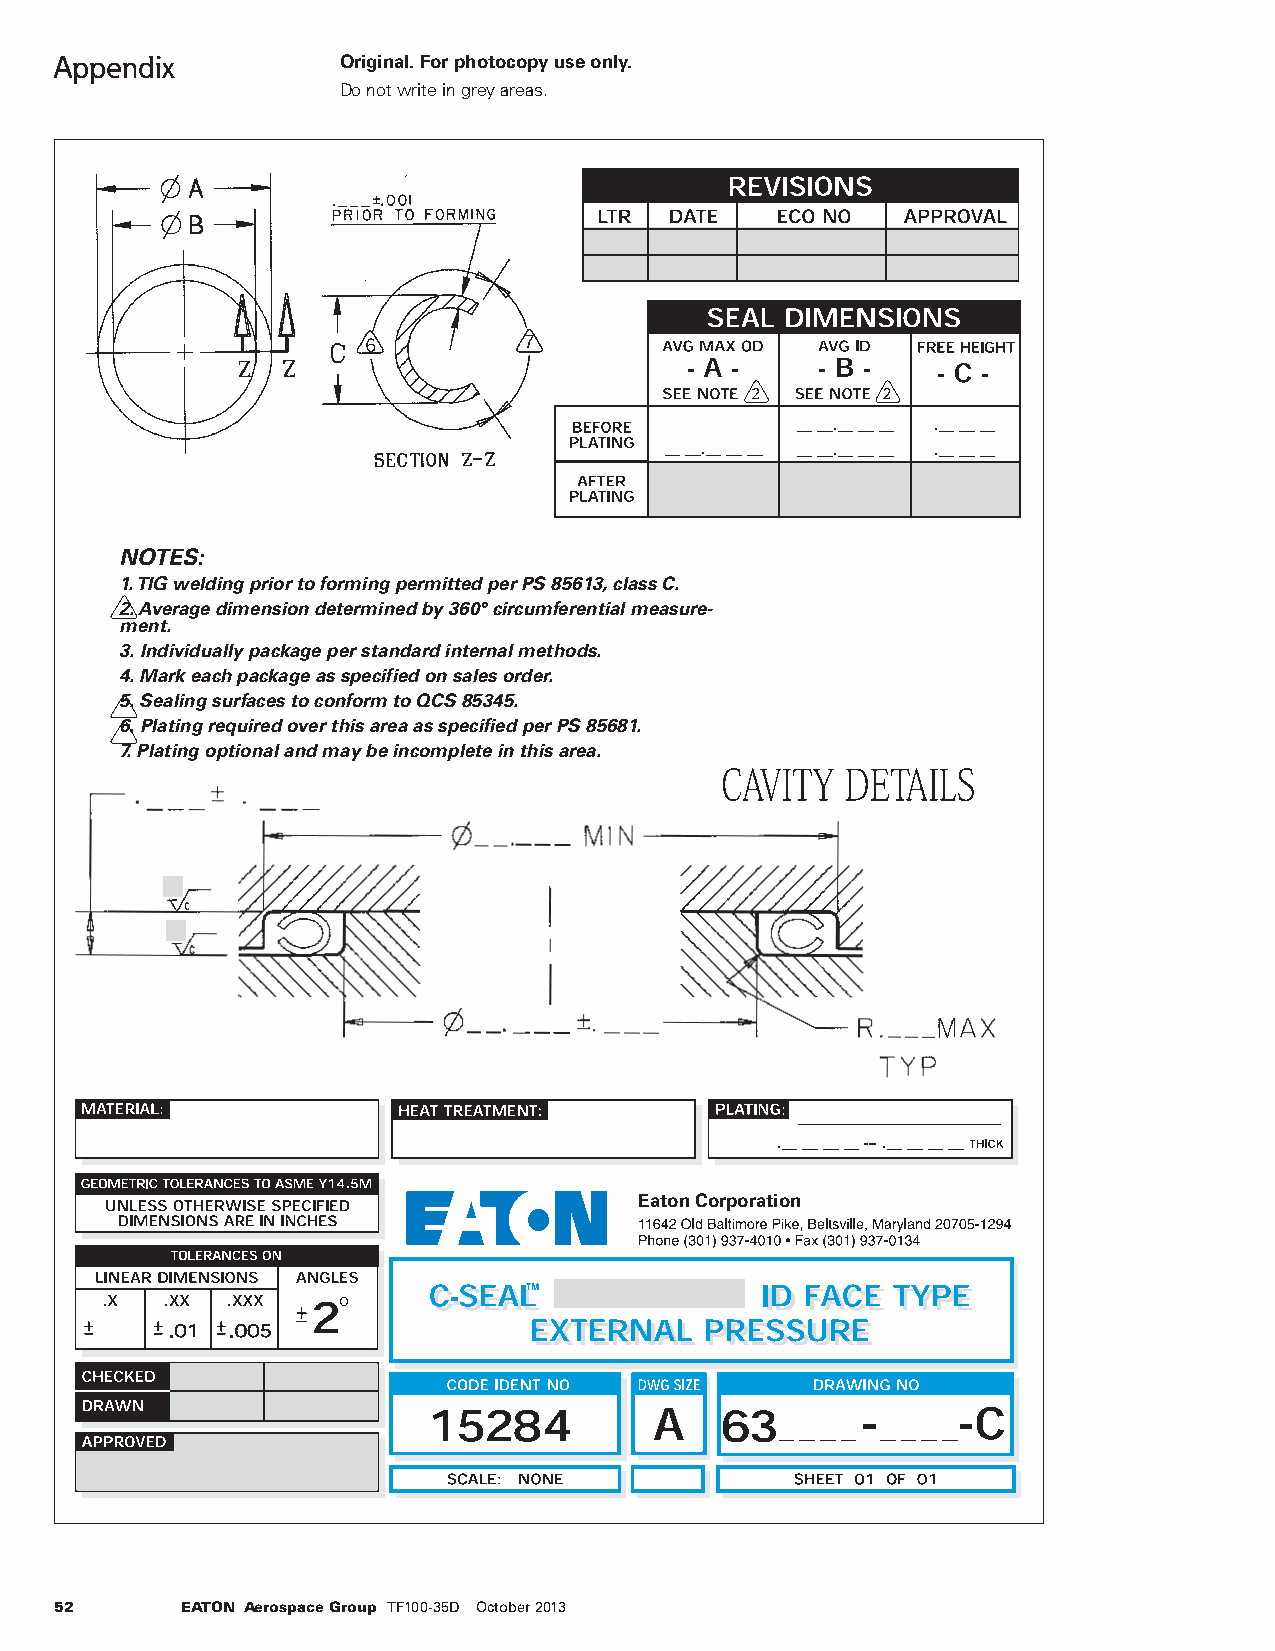
Appendix          Original. For photocopy use only.
 Do not write in grey areas.
 NOTES:
 1. TIG welding prior to forming permitted per PS 85613, class C.
 2. Average dimension determined by 360° circumferential measure-
 ment.
 3. Individually package per standard internal methods.
 4. Mark each package as specified on sales order.
 5. Sealing surfaces to conform to QCS 85345.
 6. Plating required over this area as specified per PS 85681.
 7. Plating optional and may be incomplete in this area.
 Eaton Corporation
 52      EATON Aerospace Group TF100-35D October 2013